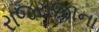
રાજરાજાના